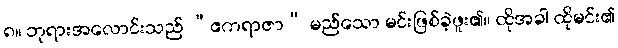
၈။ ဘုရားအလောင်းသည် “ဧကရာဇာ” မည်သော မင်းဖြစ်ခဲ့ဖူး၏။ ထိုအခါ ထိုမင်း၏